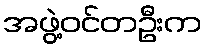
အဖွဲ့ဝင်တဦးက